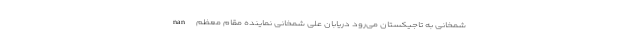
nan شمخانی به تاجیکستان می‌رود دریابان علی شمخانی نماینده مقام معظم